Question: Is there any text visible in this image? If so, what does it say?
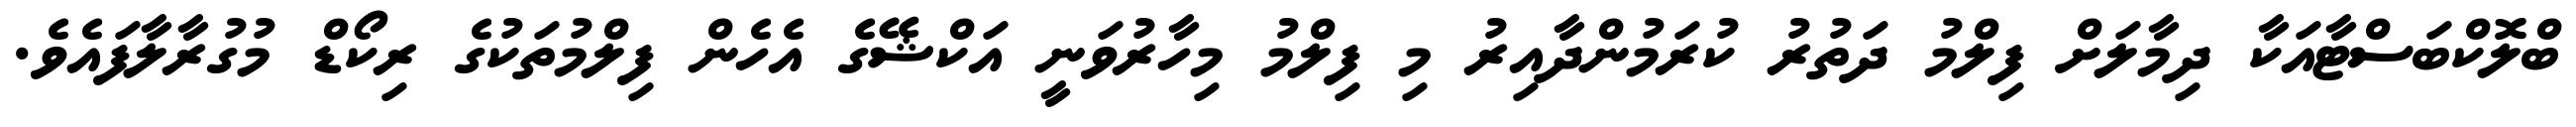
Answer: ބްލޮކްބަސްޓާއަކާ ދިމާލަށް ފިލްމު ދަތުރު ކުރަމުންދާއިރު މި ފިލްމު މިހާރުވަނީ އަކްޝޭގެ އެހެން ފިލްމުތަކުގެ ރިކޯޑް މުގުރާލާފައެވެ.